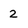
Character: 2